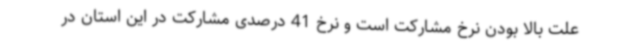
علت بالا بودن نرخ مشارکت است و نرخ 41 درصدی مشارکت در این استان در